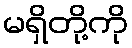
မရှိတို့ကို